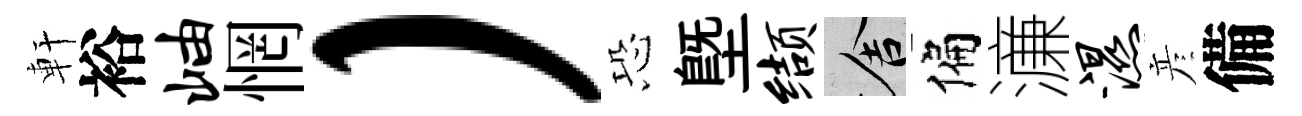
軒裕岫惘）恐塈缬舍偏濓湿彦備